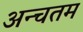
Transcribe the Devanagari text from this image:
अन्चतम